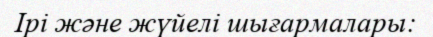
Ірі және жүйелі шығармалары: